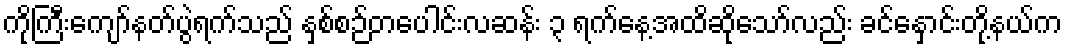
ကိုကြီးကျော်နတ်ပွဲရက်သည် နှစ်စဉ်တပေါင်းလဆန်း ၃ ရက်နေ့အထိဆိုသော်လည်း ခင်နှောင်းတို့နယ်က